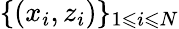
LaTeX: \{ (x_{i},z_{i})\} _{1\leqslant i\leqslant N}